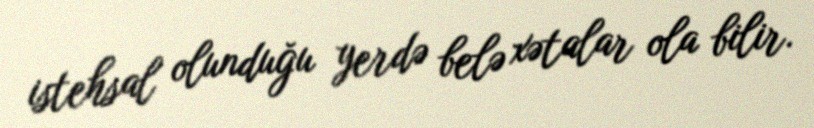
istehsal olunduğu yerdə belə xətalar ola bilir.